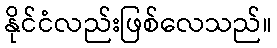
နိုင်ငံလည်းဖြစ်လေသည်။